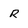
Character: R